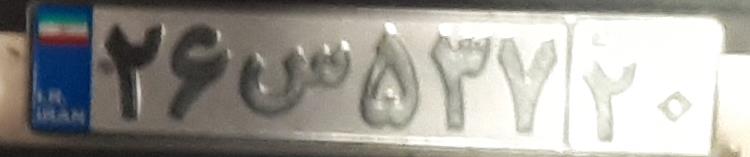
۲۶س۵۳۷۲۰